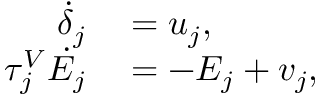
\begin{array} { r l } { \dot { \delta } _ { j } } & { { } = u _ { j } , } \\ { \tau _ { j } ^ { V } \dot { E _ { j } } } & { { } = - E _ { j } + v _ { j } , } \end{array}